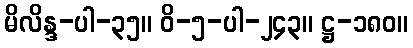
မိလိန္ဒ-ပါ-၃၅။ ဝိ-၅-ပါ-၂၄၃။ ဋ္ဌ-၁၈၀။